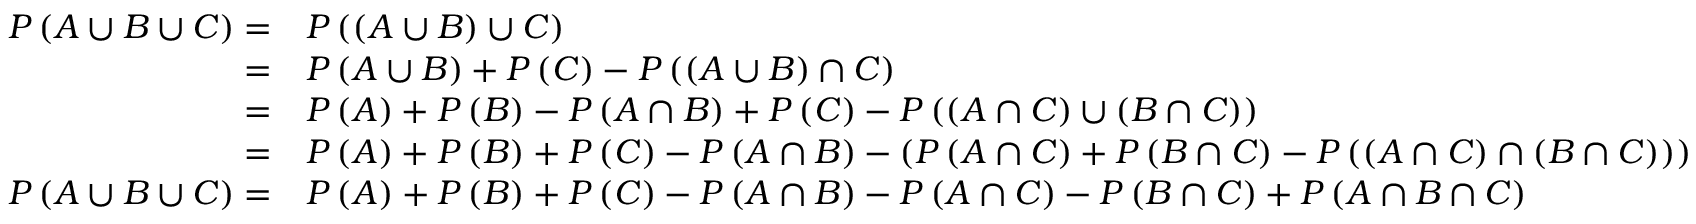
{ \begin{array} { r l } { P \left( A \cup B \cup C \right) = } & { P \left( \left( A \cup B \right) \cup C \right) } \\ { = } & { P \left( A \cup B \right) + P \left( C \right) - P \left( \left( A \cup B \right) \cap C \right) } \\ { = } & { P \left( A \right) + P \left( B \right) - P \left( A \cap B \right) + P \left( C \right) - P \left( \left( A \cap C \right) \cup \left( B \cap C \right) \right) } \\ { = } & { P \left( A \right) + P \left( B \right) + P \left( C \right) - P \left( A \cap B \right) - \left( P \left( A \cap C \right) + P \left( B \cap C \right) - P \left( \left( A \cap C \right) \cap \left( B \cap C \right) \right) \right) } \\ { P \left( A \cup B \cup C \right) = } & { P \left( A \right) + P \left( B \right) + P \left( C \right) - P \left( A \cap B \right) - P \left( A \cap C \right) - P \left( B \cap C \right) + P \left( A \cap B \cap C \right) } \end{array} }